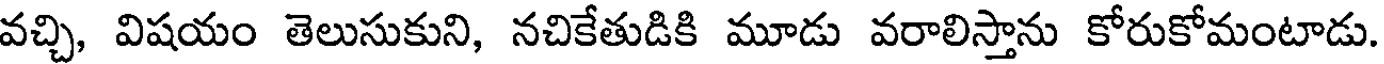
వచ్చి, విషయం తెలుసుకుని, నచికేతుడికి మూడు వరాలిస్తాను కోరుకోమంటాడు.